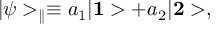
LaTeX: | \psi > _ { \parallel } \equiv a _ { 1 } | { \bf 1 } > + a _ { 2 } | { \bf 2 } > ,